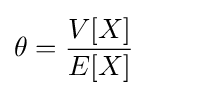
\theta ={\frac {V[X]}{E[X]}}\quad \quad